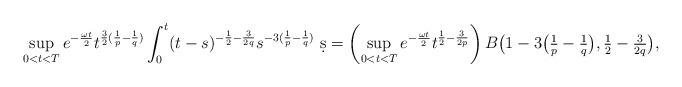
LaTeX: \begin{align*}\begin{aligned}\sup_{0< t< T} e^{-\frac{\omega t}{2}} t^{\frac{3}{2}(\frac{1}{p}-\frac{1}{q})}\int_{0}^{t} (t-s)^{-\frac{1}{2}-\frac{3}{2q}} s^{-3(\frac{1}{p}-\frac{1}{q})} \ \d s &=\left(\sup_{0< t< T} e^{-\frac{\omega t}{2}} t^{\frac{1}{2}-\frac{3}{2p}}\right) B \big(1-3\big(\tfrac{1}{p}-\tfrac{1}{q}\big),\tfrac{1}{2}-\tfrac{3}{2q}\big), \end{aligned} \end{align*}